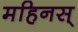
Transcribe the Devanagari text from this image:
महिनस्